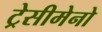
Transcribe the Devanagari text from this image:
ट्रेसीमेनो